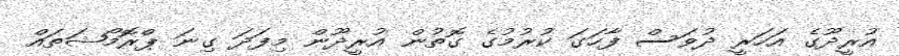
އުރީދޫގެ އަހަރީ ދުވަސް ފާހަގަ ކުރުމުގެ ގޮތުން އުރީދޫން މިފަދަ ގިނަ ޕްރޮމޯޝަތައް